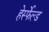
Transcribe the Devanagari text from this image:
हेर्स्फेल्ड